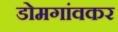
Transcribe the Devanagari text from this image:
डोमगांवकर